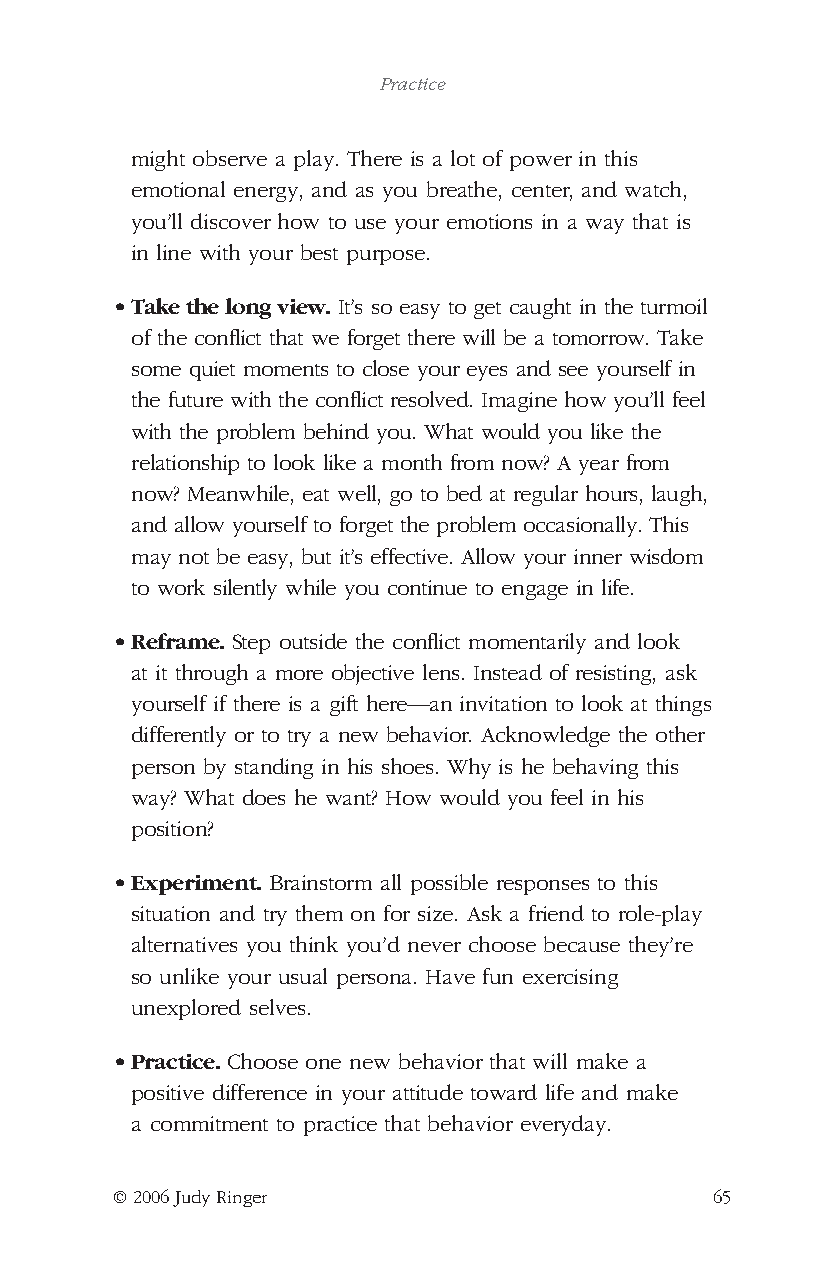
Practice
 might observe a play. There is a lot of power in this
 emotional energy, and as you breathe, center, and watch,
 you’ll discover how to use your emotions in a way that is
 in line with your best purpose.
 •Take the long view. It’s so easy to get caught in the turmoil
 of the conflict that we forget there will be a tomorrow. Take
 some quiet moments to close your eyes and see yourself in
 the future with the conflict resolved. Imagine how you’ll feel
 with the problem behind you. What would you like the
 relationship to look like a month from now? A year from
 now? Meanwhile, eat well, go to bed at regular hours, laugh,
 and allow yourself to forget the problem occasionally. This
 may not be easy, but it’s effective. Allow your inner wisdom
 to work silently while you continue to engage in life.
 •Reframe. Step outside the conflict momentarily and look
 at it through a more objective lens. Instead of resisting, ask
 yourself if there is a gift here—an invitation to look at things
 differently or to try a new behavior. Acknowledge the other
 person by standing in his shoes. Why is he behaving this
 way? What does he want? How would you feel in his
 position?
 •Experiment. Brainstorm all possible responses to this
 situation and try them on for size. Ask a friend to role-play
 alternatives you think you’d never choose because they’re
 so unlike your usual persona. Have fun exercising
 unexplored selves.
 •Practice. Choose one new behavior that will make a
 positive difference in your attitude toward life and make
 a commitment to practice that behavior everyday.
 © 2006 Judy Ringer                      65